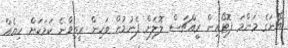
އޭނަގެ މަންމަ ފޮޓޯއިން ރީއްޗަސް ލޮލަށް ފެނުމުން ވަކިން ރީތިވާނެ ކަމަކަށް ހިޔެއް